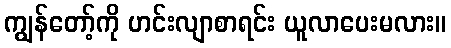
ကျွန်တော့်ကို ဟင်းလျာစာရင်း ယူလာပေးမလား။